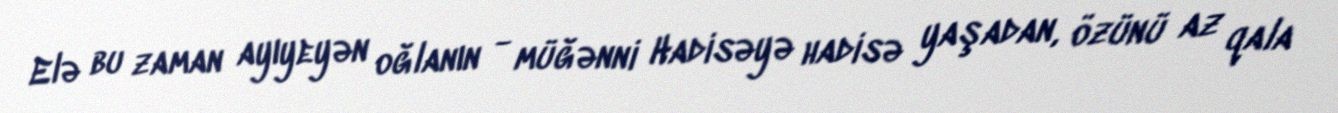
Elə bu zaman ayıyeyən oğlanın - müğənni Hadisəyə hadisə yaşadan, özünü az qala